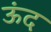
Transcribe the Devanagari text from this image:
ऊंद